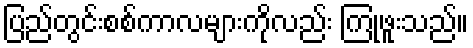
ပြည်တွင်းစစ်ကာလများကိုလည်း ကြုံဖူးသည်။